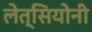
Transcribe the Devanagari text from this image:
लेत्सियोनी